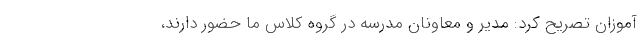
آموزان تصریح کرد: مدیر و معاونان مدرسه در گروه کلاس ما حضور دارند،